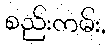
စည်းကမ်း,